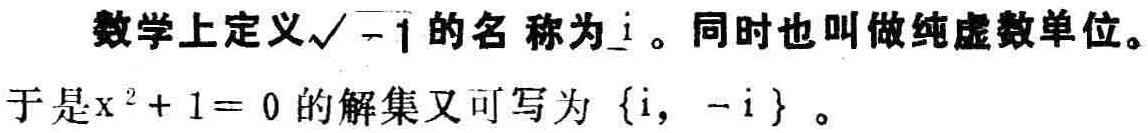
数学上定义\(\sqrt{-1}\)的名称为\(i\)。同时也叫做纯虚数单位。
于是\(x^{2}+1 = 0\)的解集又可写为\(\{i, -i\}\)。